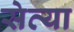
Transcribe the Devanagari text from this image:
सेव्या